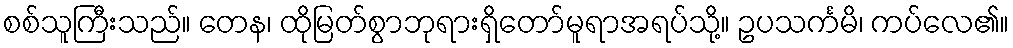
စစ်သူကြီးသည်။ တေန၊ ထိုမြတ်စွာဘုရားရှိတော်မူရာအရပ်သို့။ ဥပသင်္ကမိ၊ ကပ်လေ၏။